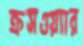
ক্রসওয়্যার